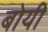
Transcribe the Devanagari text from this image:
बोयी